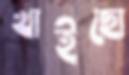
খাইছো